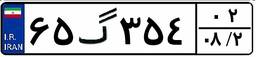
۲۹گ۹۰۶۳۵